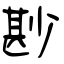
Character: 尠